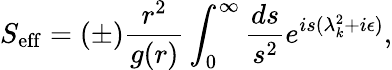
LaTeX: S_{\mathrm{eff}}=(\pm){\frac{r^{2}}{g(r)}}\int_{0}^{\infty}{\frac{ds}{s^{2}}}e^{is(\lambda_{k}^{2}+i\epsilon)},